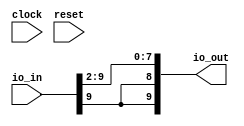
module FixedPointDivide(
  input        clock,
  input        reset,
  input  [9:0] io_in,
  output [9:0] io_out
);
  wire [9:0] _T_2 = io_in; // @[FixedPointSpec.scala 39:20]
  wire [7:0] _T_4 = _T_2[9:2]; // @[FixedPointSpec.scala 39:55]
  assign io_out = {{2{_T_4[7]}},_T_4}; // @[FixedPointSpec.scala 39:55]
endmodule